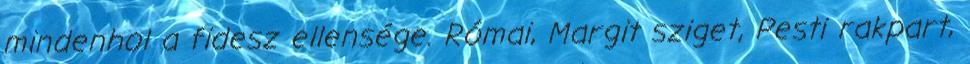
mindenhol a fidesz ellensége. Római, Margit sziget, Pesti rakpart,